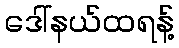
ဒေါ်နယ်ထရန့်